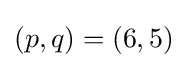
(p,q)=(6,5)